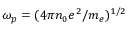
\omega _ { p } = ( 4 \pi n _ { 0 } e ^ { 2 } / m _ { e } ) ^ { 1 / 2 }